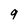
Character: 9